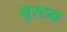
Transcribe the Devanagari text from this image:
यूस्टन